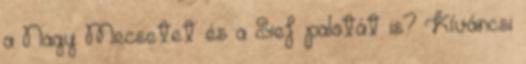
a Nagy Mecsetet és a Sief palotát is? Kíváncsi